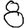
Digit: 8